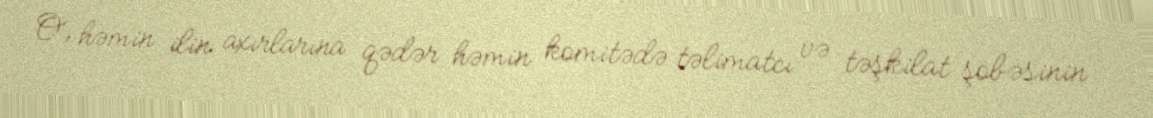
O, həmin ilin axırlarına qədər həmin komitədə təlimatcı və təşkilat şöbəsinin